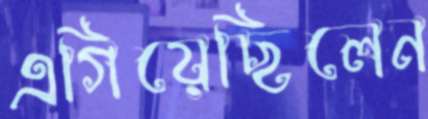
এগিয়েছিলেন